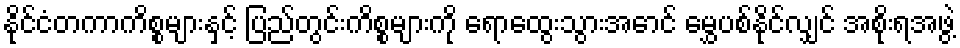
နိုင်ငံတကာကိစ္စများနှင့် ပြည်တွင်းကိစ္စများကို ရောထွေးသွားအောင် မွှေပစ်နိုင်လျှင် အစိုးရအဖွဲ့